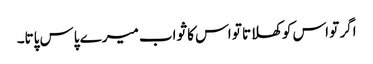
اگر تو اس کو کھلاتا تو اس کا ثواب میرے پاس پاتا۔